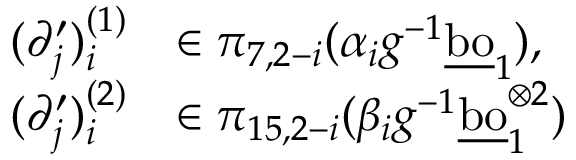
\begin{array} { r l } { ( \partial _ { j } ^ { \prime } ) _ { i } ^ { ( 1 ) } } & { \in \pi _ { 7 , 2 - i } ( \alpha _ { i } g ^ { - 1 } \underline { { \mathrm { b o } } } _ { 1 } ) , } \\ { ( \partial _ { j } ^ { \prime } ) _ { i } ^ { ( 2 ) } } & { \in \pi _ { 1 5 , 2 - i } ( \beta _ { i } g ^ { - 1 } \underline { { \mathrm { b o } } } _ { 1 } ^ { \otimes { 2 } } ) } \end{array}